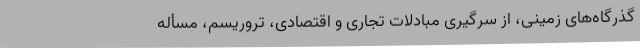
گذرگاه‌های زمینی، از سرگیری مبادلات تجاری و اقتصادی، تروریسم، مسأله